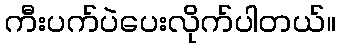
ကီးပက်ပဲပေးလိုက်ပါတယ်။